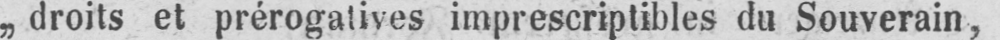
„droits et prérogatives imprescriptibles du Souverain,